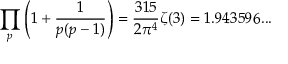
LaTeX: \prod _ { p } \left( 1 + { \frac { 1 } { p ( p - 1 ) } } \right) = { \frac { 3 1 5 } { 2 \pi ^ { 4 } } } \zeta ( 3 ) = 1 . 9 4 3 5 9 6 . . .